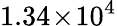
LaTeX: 1.34\! \times\! 10^{4}